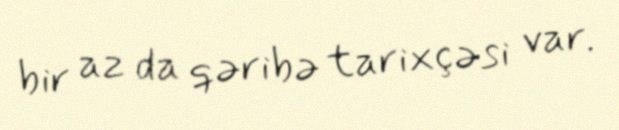
bir az da qəribə tarixçəsi var.